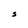
Character: S